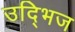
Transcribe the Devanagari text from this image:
उद्भिज